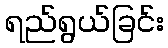
ရည်ရွယ်ခြင်း